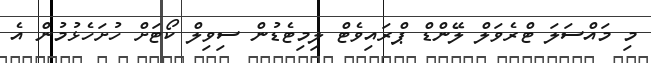
މި މައްސަލަ ޓްރެވަލް ލޭންޑް ޕްރައިވެޓް ލިމިޓެޑުން ސިވިލް ކޯޓަށް ހުށަހެޅުމުން އެ